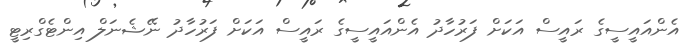
އެންއައީސީގެ ރައީސް އަަކަށް ފަރުހާދު އެންއައީސީގެ ރައީސް އަަކަށް ފަރުހާދު ނޭޝެނަލް އިންޓެގްރިޓީ